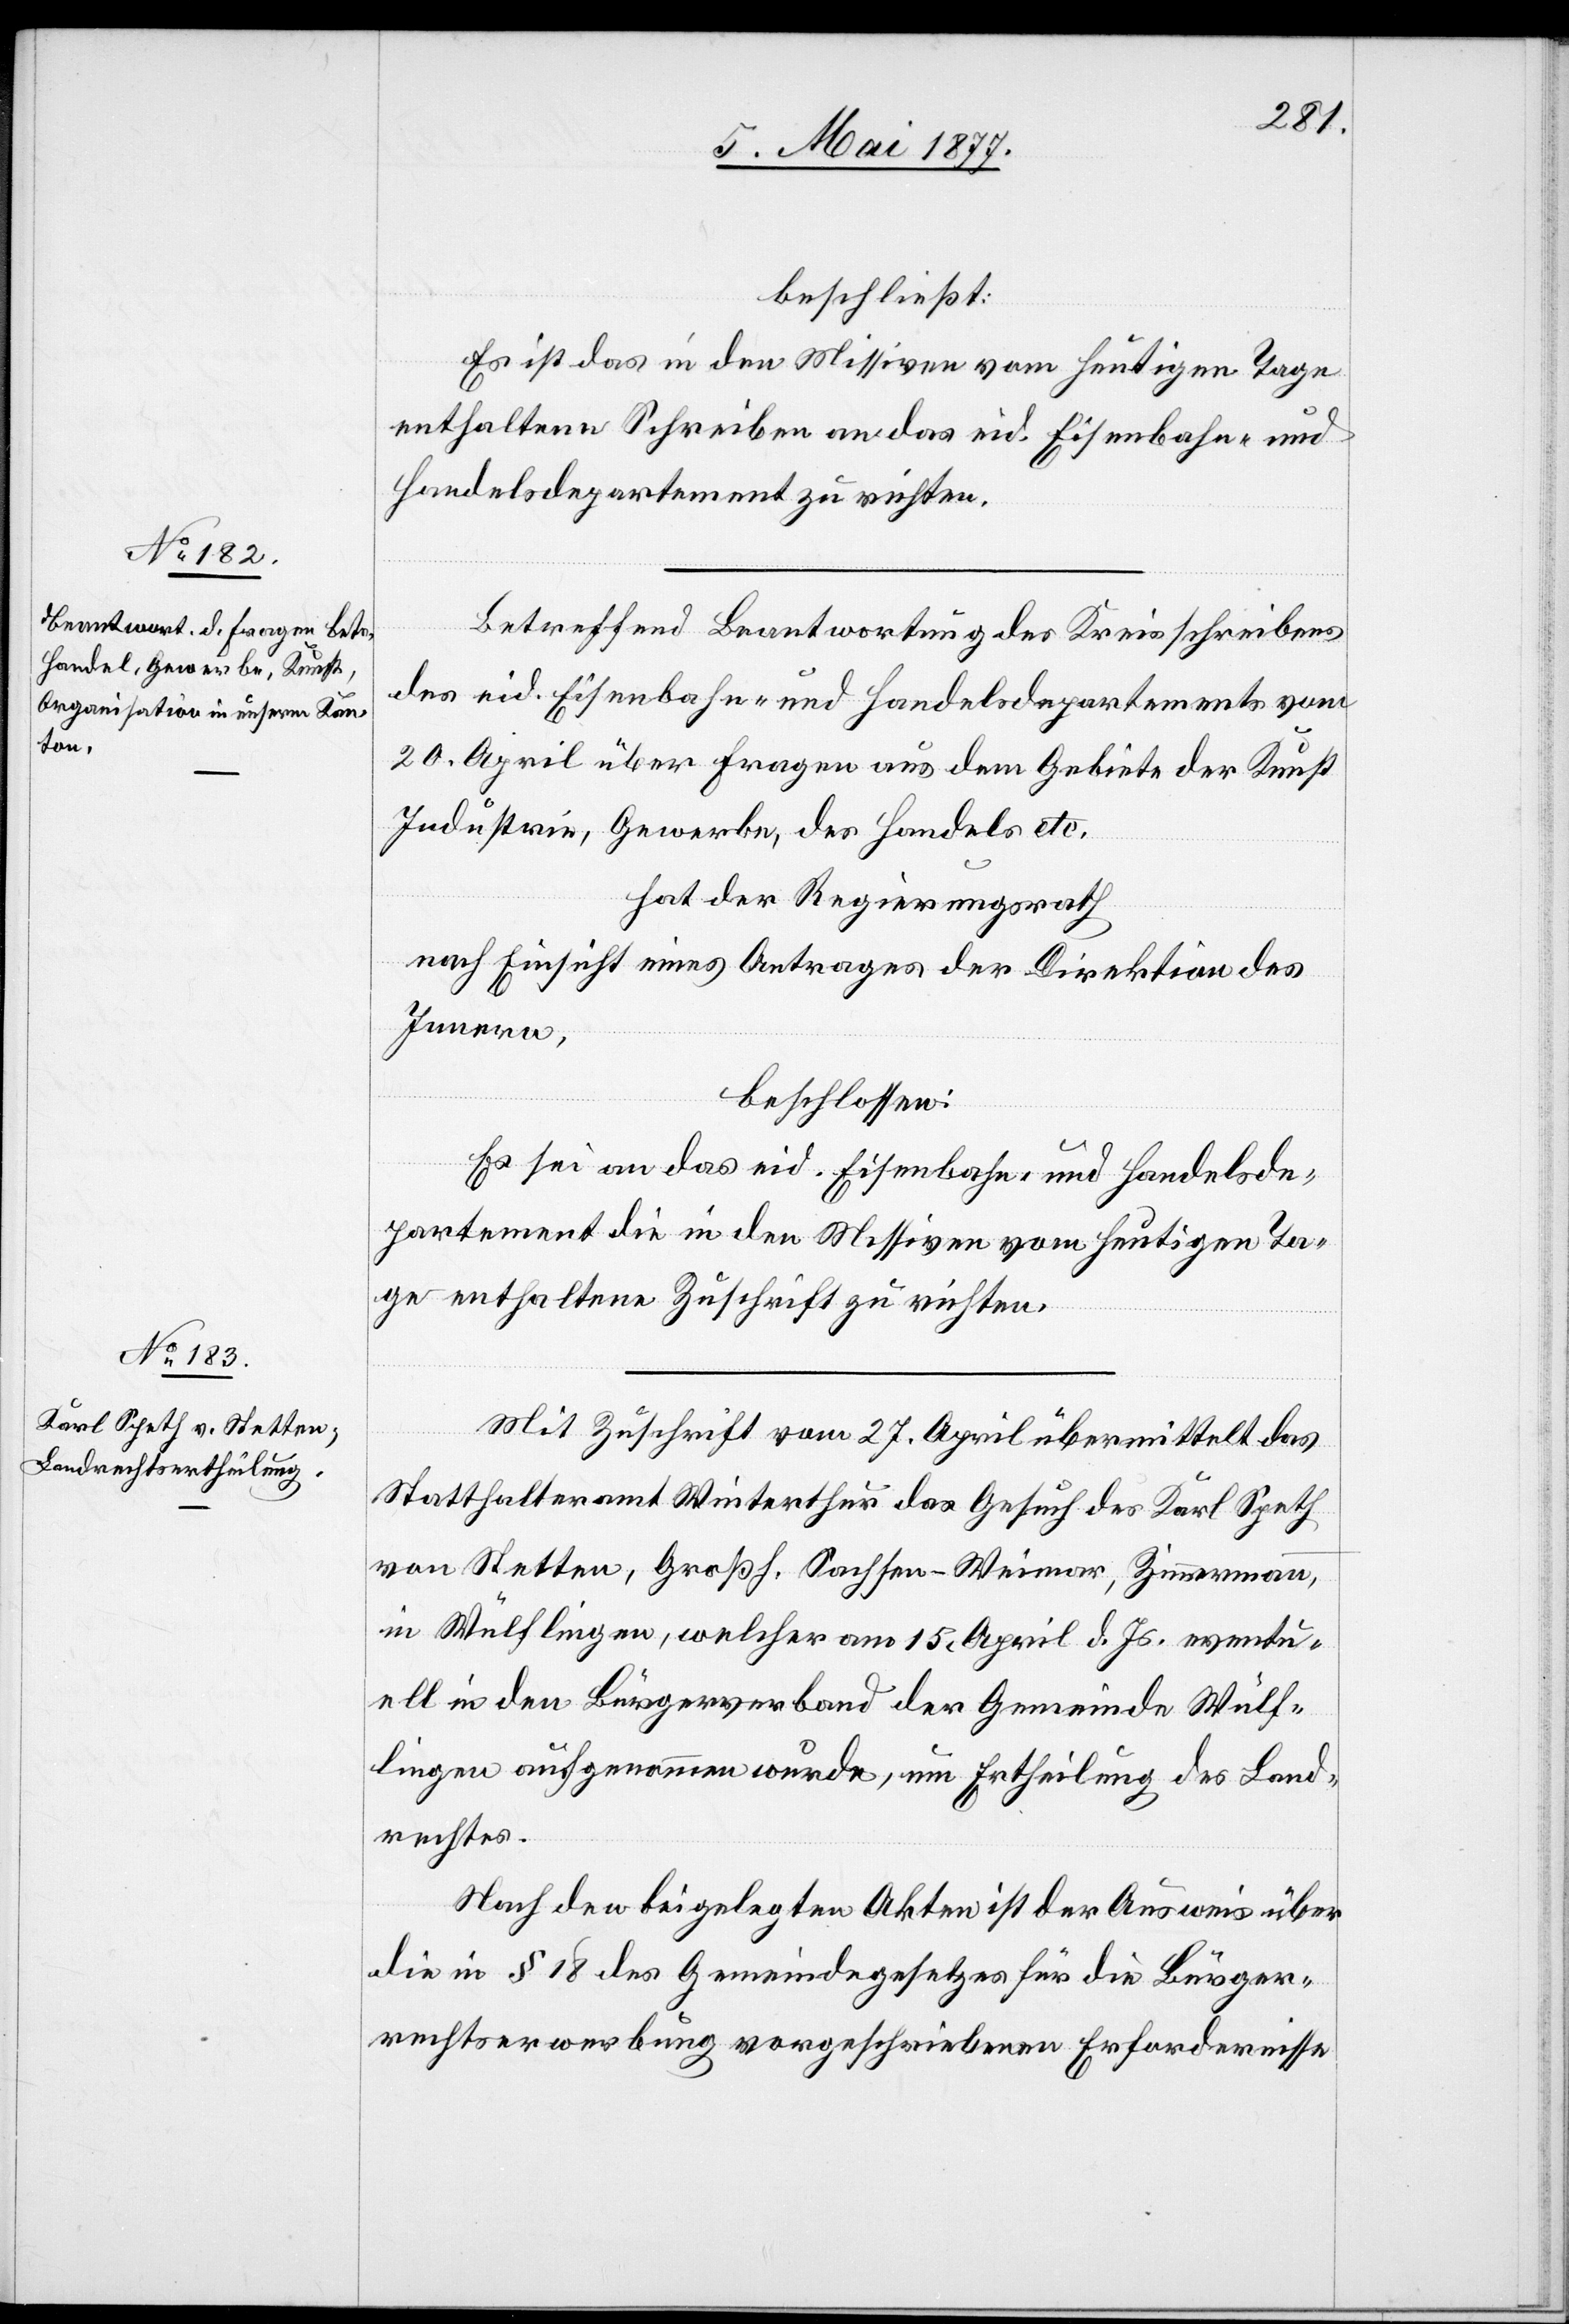
beschließt:
Es ist das in den Missiven vom heutigen Tage
enthaltene Schreiben an das eid. Eisenbahn- und
Handelsdepartement zu richten.
Betreffend Beantwortung des Kreisschreibens
des eid. Eisenbahn- und Handelsdepartements vom
20. April über Fragen aus dem Gebiete der Kunst,
Industrie, Gewerbe, des Handels etc.
hat der Regierungsrath,
nach Einsicht eines Antrages der Direktion des
Innern,
beschlossen:
Es sei an das eid. Eisenbahn- und Handelsde¬
partement die in den Missiven vom heutigen Ta¬
ge enthaltene Zuschrift zu richten.
Mit Zuschrift vom 27. April übermittelt das
Statthalteramt Winterthur das Gesuch des Karl Speth
von Stetten, Großh. Sachsen-Weimar, Zimmermann,
in Wülflingen, welcher am 15. April d. Js. eventu¬
ell in den Bürgerverband der Gemeinde Wülf¬
lingen aufgenommen wurde, um Ertheilung des Land¬
rechtes.
Nach den beigelegten Akten ist der Ausweis über
die in § 18 des Gemeindegesetzes für die Bürger¬
rechtserwerbung vorgeschriebenen Erfordernisse